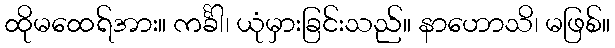
ထိုမထေရ်အား။ ကင်္ခါ၊ ယုံမှားခြင်းသည်။ နာဟောသိ၊ မဖြစ်။